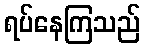
ရပ်နေကြသည်